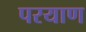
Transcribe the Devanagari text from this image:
परयाण